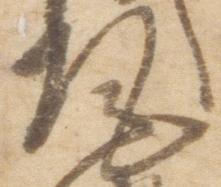
尾